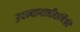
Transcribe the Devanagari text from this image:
उपन्यायाधीशांपैकी